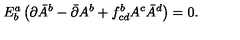
E _ { b } ^ { a } \left( \partial \bar { A } ^ { b } - \bar { \partial } A ^ { b } + f _ { c d } ^ { b } A ^ { c } \bar { A } ^ { d } \right) = 0 .